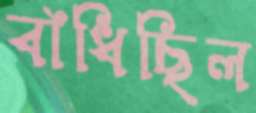
বাঁধিছিল